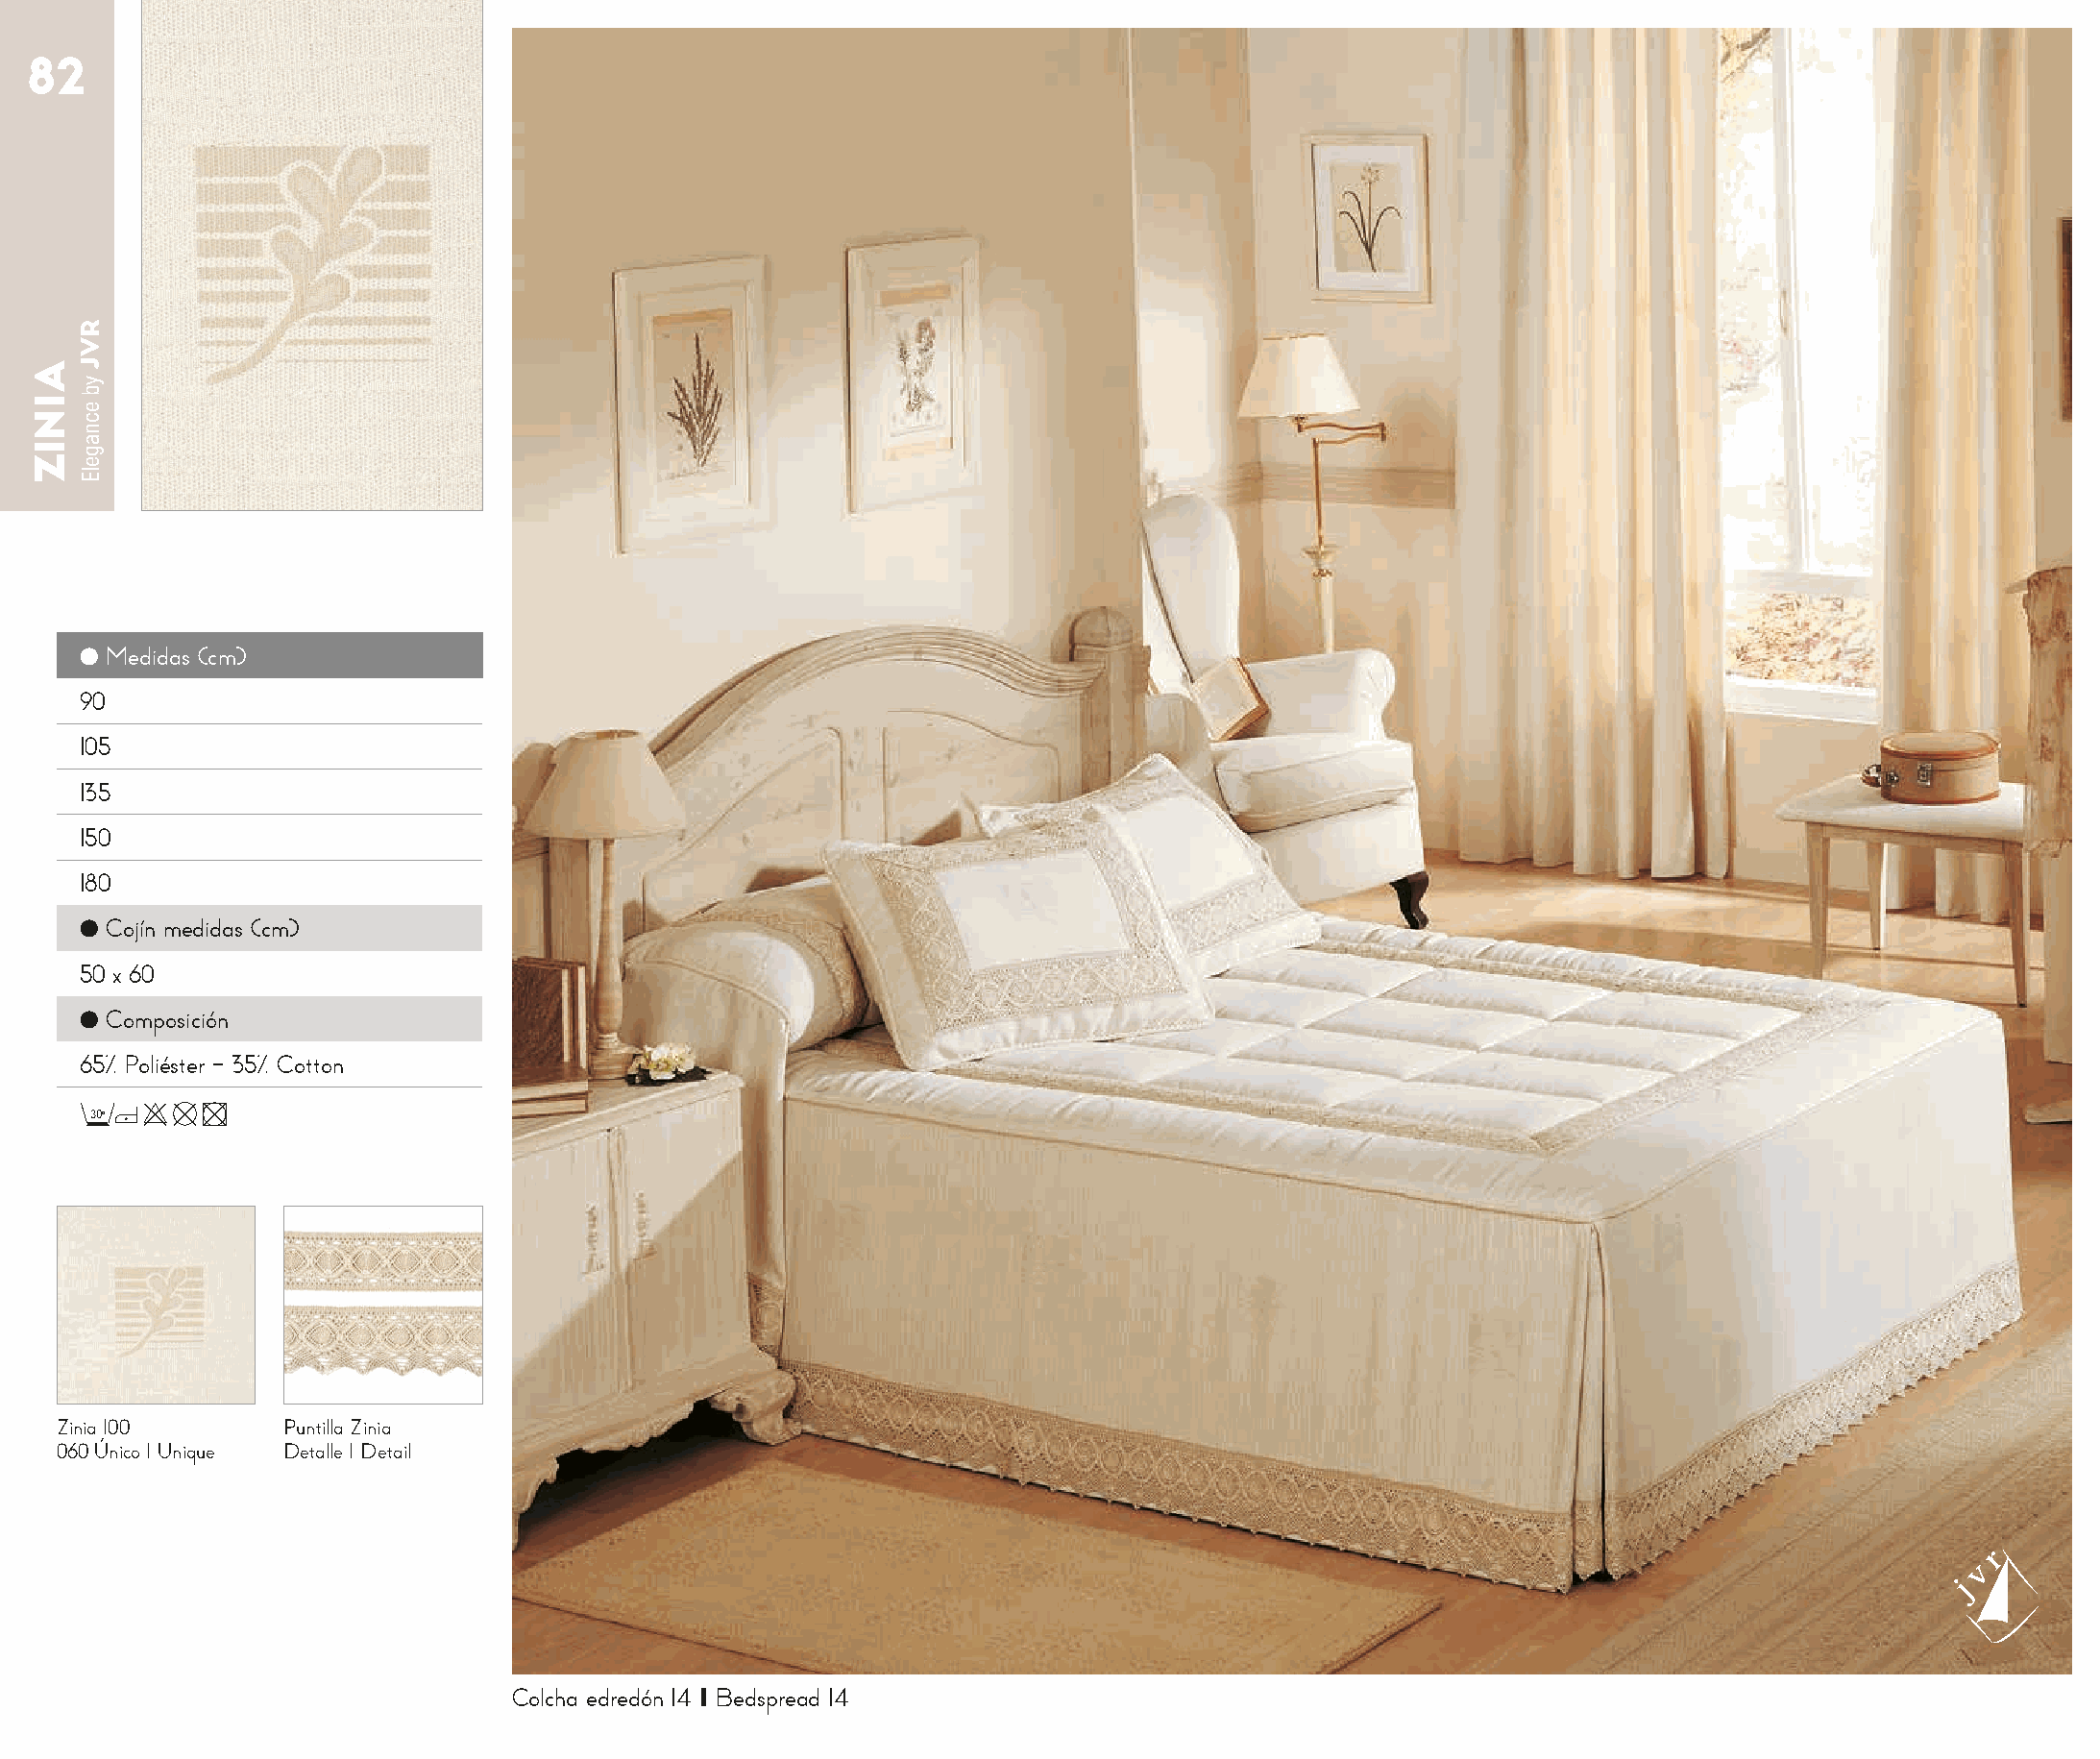
82
 ● Medidas (cm)
 90
 105
 135
 150
 180
 ● Cojín medidas (cm)
 50 x 60
 ● Composición
 65% Poliéster - 35% Cotton
 30o
 Zinia 100       Puntilla Zinia
 060 Único I Unique Detalle I Detail
 Colcha edredón 14 I Bedspread 14
 AINIZ
 RVJ
 yb
 ecnagelE